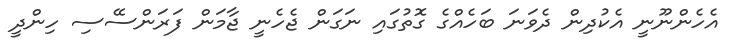
އެހެންނޫނީ އެކުދިން ދެވަނަ ބަހެއްގެ ގޮތުގައި ނަގަން ޖެހެނީ ޖާމަން ފަރަންސޭސި ހިންދީ